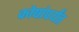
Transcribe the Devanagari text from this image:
कोषांपर्यंत